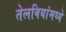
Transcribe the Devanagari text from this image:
तेलबियांमध्ये